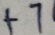
+ 7